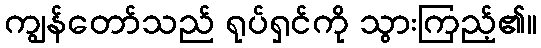
ကျွန်တော်သည် ရုပ်ရှင်ကို သွားကြည့်၏။